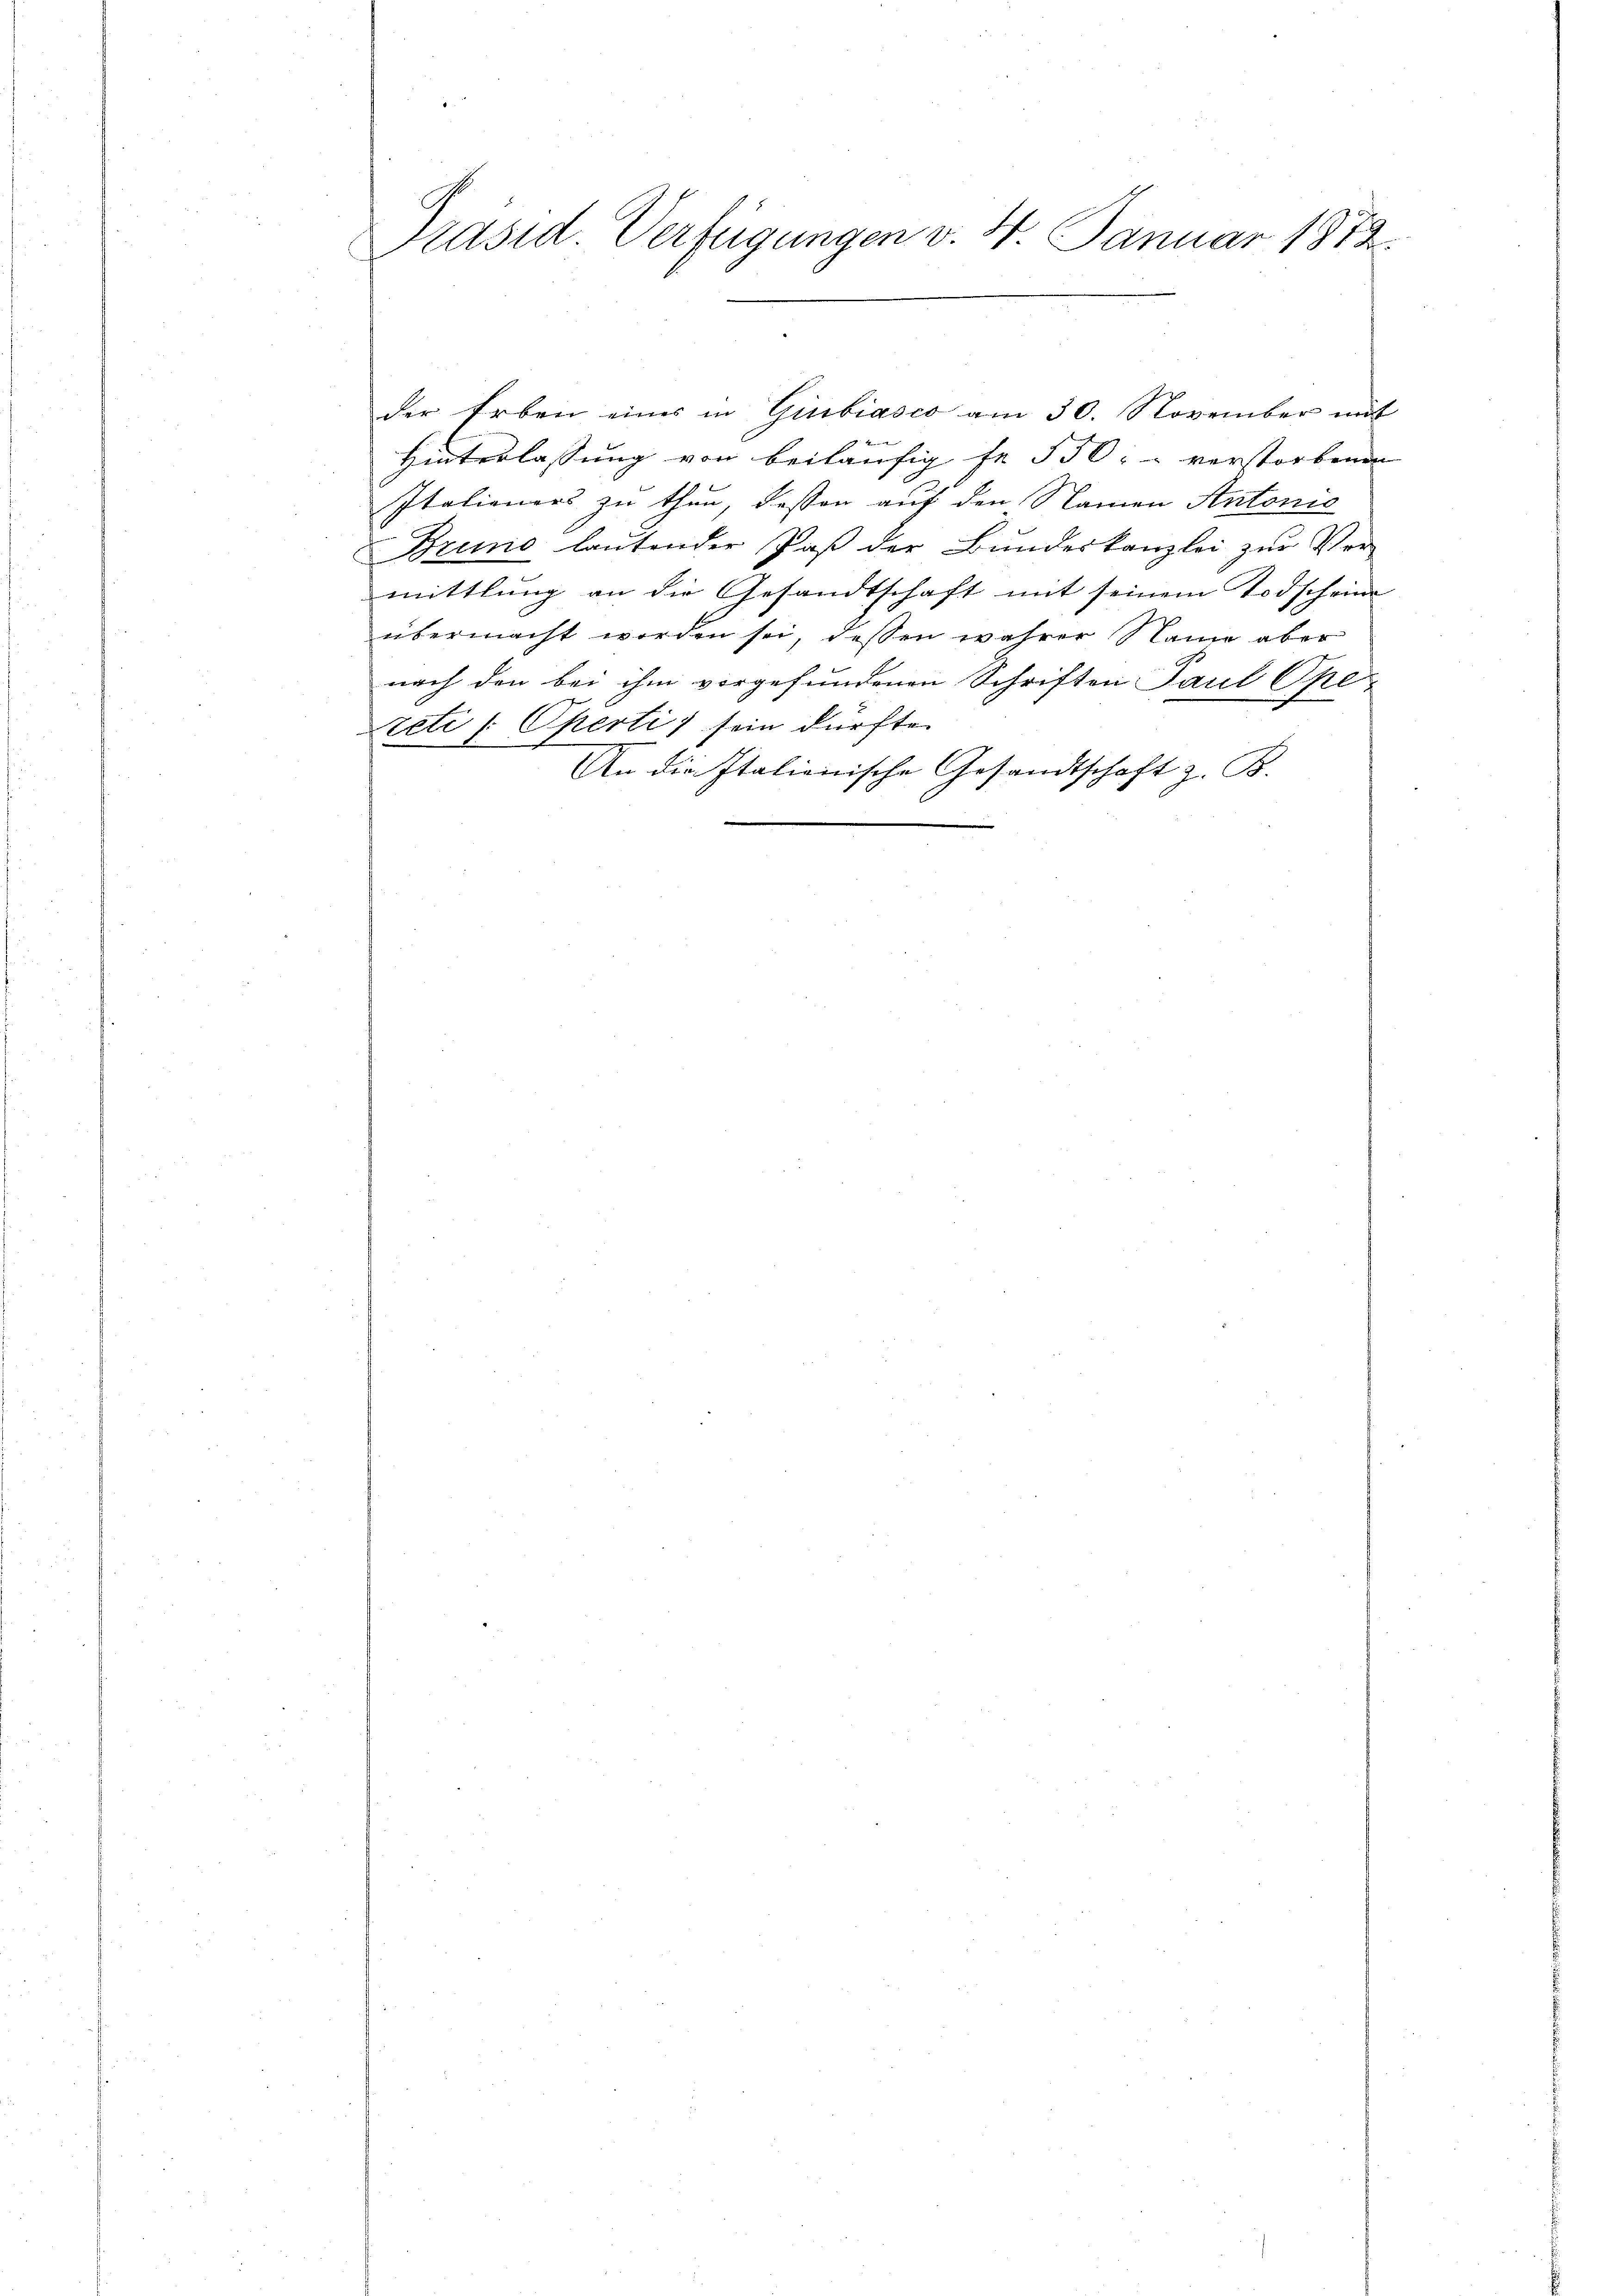
Präsid. Verfügungen v. 4. Januar 1872.

der Erben eines in Giubiasco am 30. November mit
Hinterlassung von beiläufig fr 550: verstorbenen
Italieners zu thun, dessen auf den Namen Antonis
Bruno lautender Paß der Bundeskanzlei zur Ver-
mittlung an die Gesandtschaft mit seinem Todscheine
übermacht worden sei, dessen wahrer Name aber
nach den bei ihm vorgefundenen Schriften Paul Oper-
reti / Operti, sein dürfte.
An die Italienische Gesandtschaft z. B.